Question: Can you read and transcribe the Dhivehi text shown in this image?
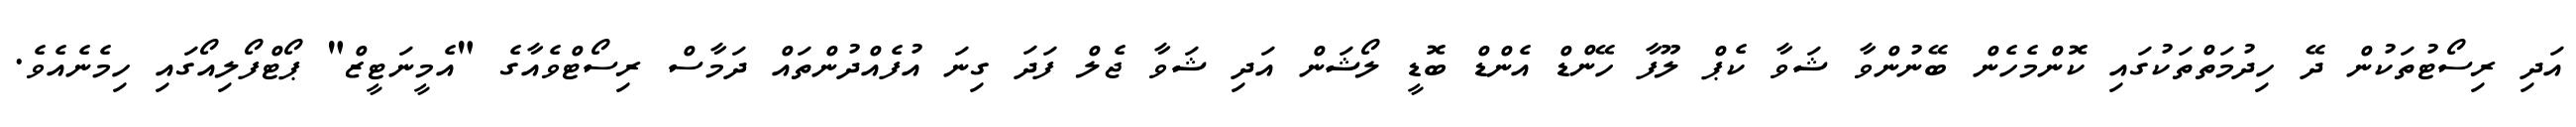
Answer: އަދި ރިސޯޓުތަކުން ދޭ ހިދުމަތްތަކުގައި ކޮންމެހެން ބޭނުންވާ ޝަވާ ކެޕް ލޫފާ ހޭންޑް އެންޑް ބޮޑީ ލޯޝަން އަދި ޝަވާ ޖެލް ފަދަ ގިނަ އުފެއްދުންތައް ދަމާސް ރިސޯޓްވެއާގެ "އެމީނަޓީޒް" ޕޯޓްފޯލިއޯގައި ހިމެނެއެވެ.